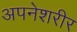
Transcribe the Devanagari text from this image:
अपनेशरीर